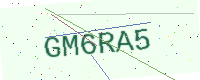
Text: GM6RA5